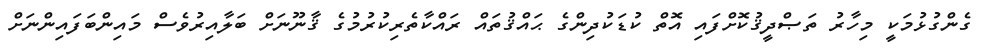
ގެންގުޅުމަކީ މިހާރު ތަޞްދީޤުކޮށްފައި އޮތް ކުޑަކުދިންގެ ޙައްޤުތައް ރައްކާތެރިކުރުމުގެ ޤާނޫނަށް ބަލާއިރުވެސް މައިންބަފައިންނަށް